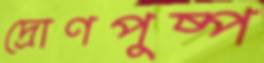
দ্রোণপুষ্প